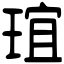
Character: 𤦌